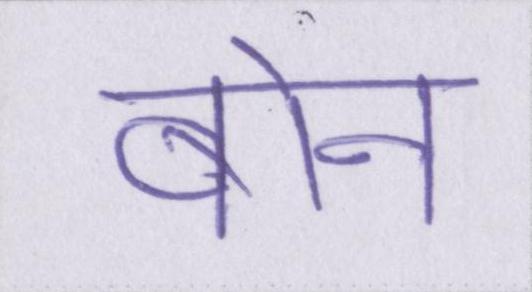
बोन